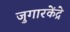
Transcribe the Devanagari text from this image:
जुगारकेंद्रे